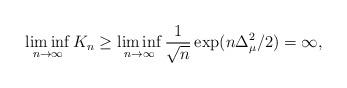
LaTeX: \begin{align*} \liminf_{n \to \infty} K_n \ge \liminf_{n \to \infty} \frac{1}{\sqrt{n}}\exp( n\Delta_\mu^2/2 ) = \infty, \end{align*}